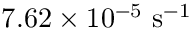
7 . 6 2 \times 1 0 ^ { - 5 } ~ \mathrm { s ^ { - 1 } }